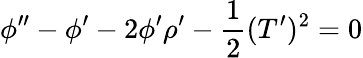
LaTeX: \phi^{\prime\prime}-\phi^{\prime}-2\phi^{\prime}\rho^{\prime}-\frac{1}{2}(T^{\prime})^{2}=0